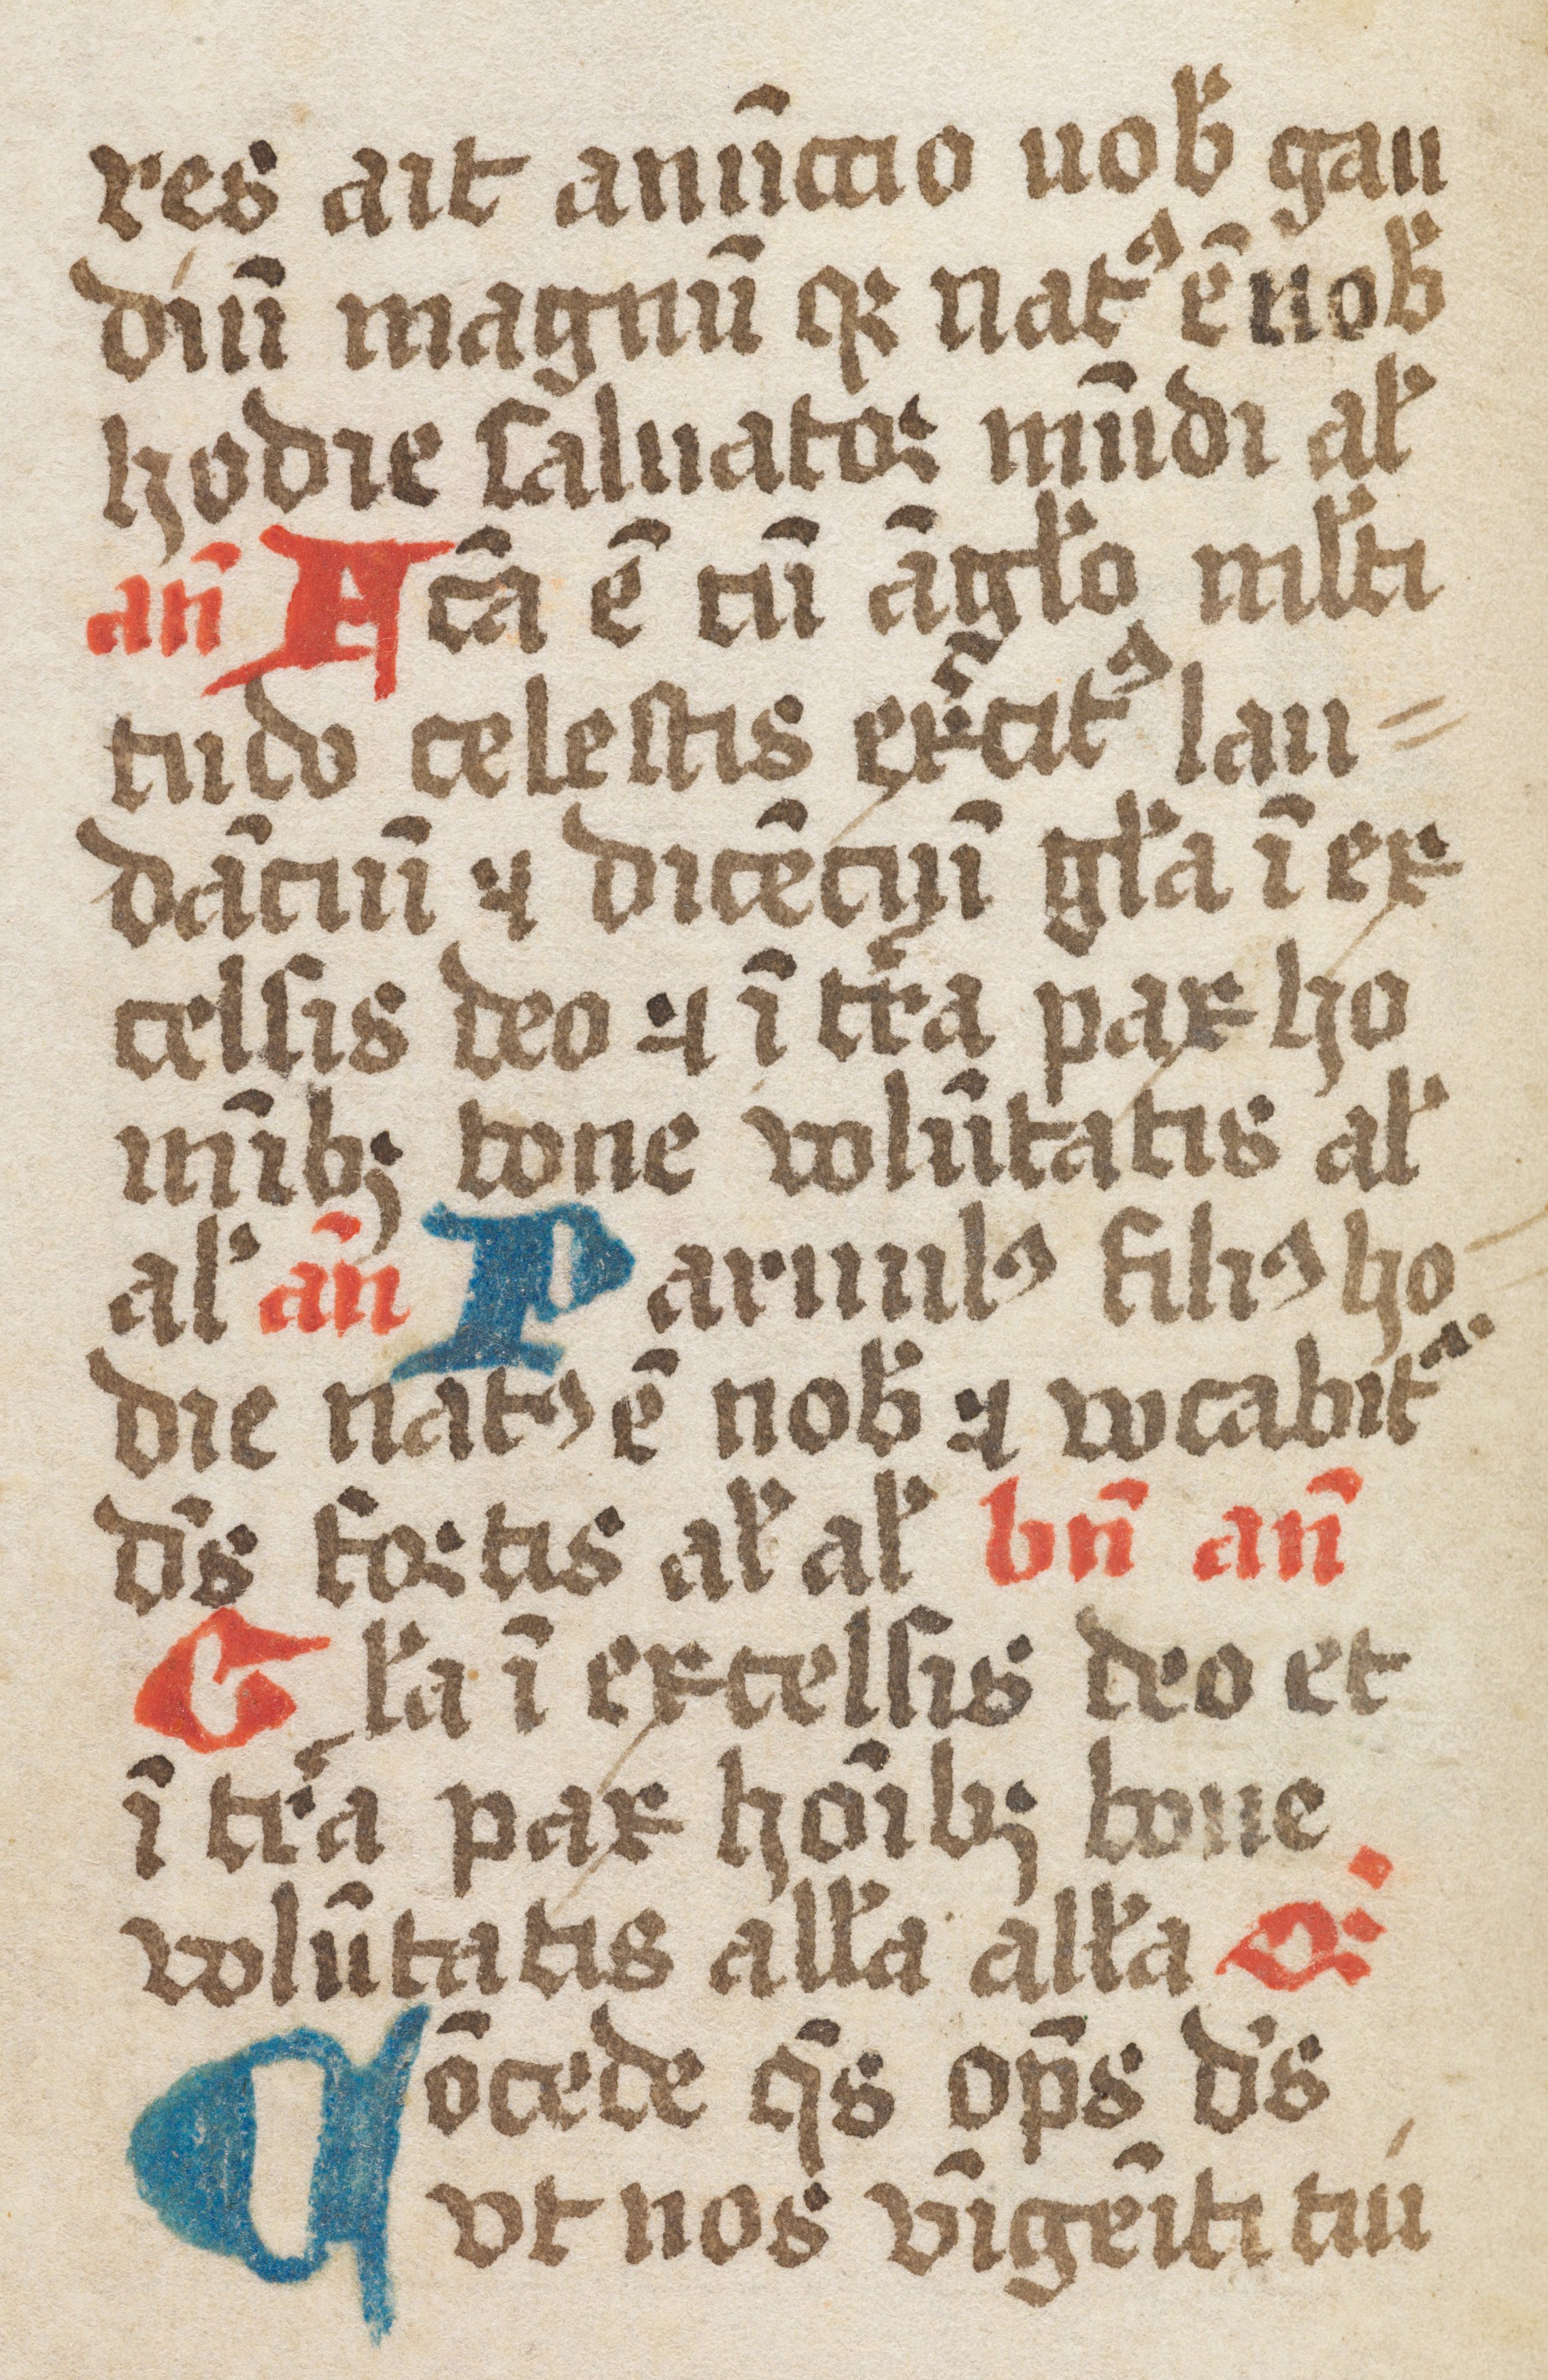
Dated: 1461–1499